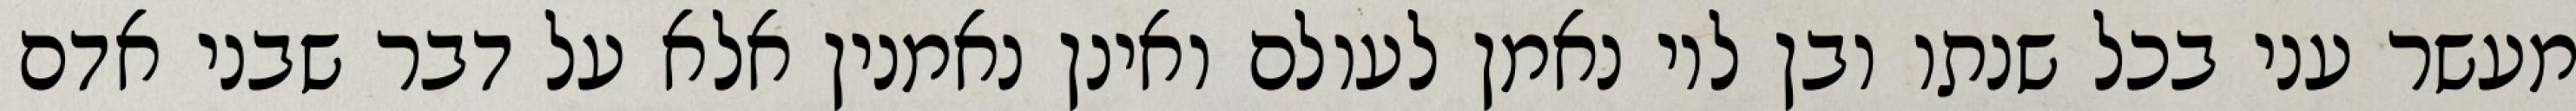
מעשר עני בכל שנתו ובן לוי נאמן לעולם ואינן נאמנין אלא על דבר שבני אדם